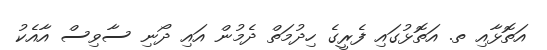
އަތޮޅާއި ތ. އަތޮޅުގައި ފެރީގެ ހިދުމަތް ދެމުން އައި ދޯނި ސާވިސް އާއެކު